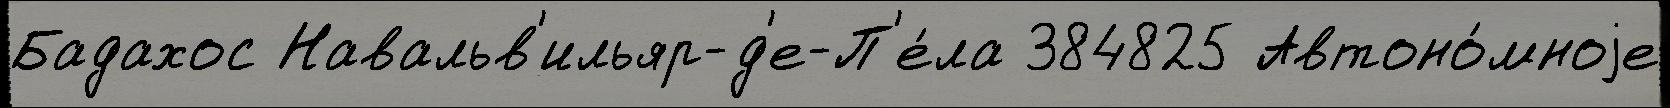
Бадахос Навальв'ильяр-д'е-П'е́ла 384825 Автоно́мноjе